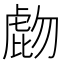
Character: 𧇂